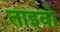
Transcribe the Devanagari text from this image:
ताइवो